Vaccination in the Punjab 1905-1918 - 1905-1918
Year: 1905
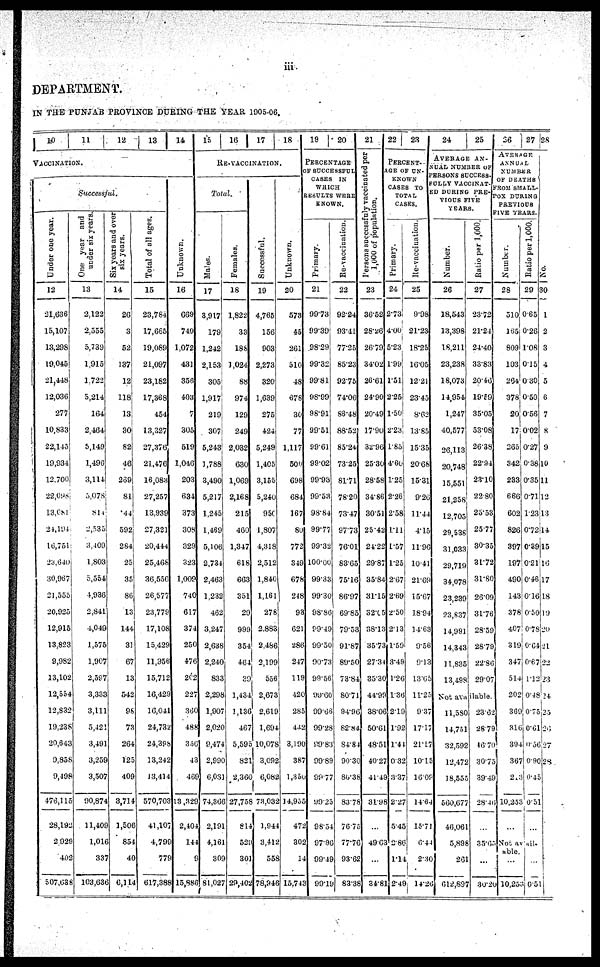
iii.
DEPARTMENT.
IN THE PUNJAB PROVINCE DURING THE YEAR 1905-06.
10 11
12
13 14
VACCINATION.
Successful.
Under one year.
12
21,636
15,107
13,298
19,045
21,448
12,036
277
10,833
22,145
19,934
12,700
22,098
13,081
24,194
16,751
23,640
30,967
21,555
20,925
12,915
13,823
9,982
13,102
12,554
12,832
19,238
20,643
9,858
9,498
476,115
28,192
2,929
402
507,638
One year and
under six years.
13
2,122
2,555
5,739
1,915
1,722
5,214
164
2,464
5,149
1,496
3,114
5,078
814
2,535
3,409
1,803
5,554
4,936
2,841
4,049
1,575
1,907
2,597
3,333
3,111
5,421
3,491
3,259
3,507
90,874
11,409
1,016
337
103,636
Six years and over
six years.
14
26
3
52
137
12
118
13
30
82
46
269
81
44
592
284
25
35
86
13
144
31
67
13
542
98
73
264
125
409
3,714
1,506
854
40
6,114
Total of all ages.
15
23,784
17,665
19,089
21,097
23,182
17,368
454
13,327
27,376
21,476
16,083
27,257
13,939
27,321
20,444
25,468
36,556
26,577
23,779
17,108
15,429
11,956
15,712
16,429
16,041
24,732
24,398
13,245
13,414
570,703
41,107
4,799
779
617,388
Unknown.
16
669
740
1,072
431
356
403
7
305
519
1,046
203
634
373
308
329
323
1,009
740
617
374
250
476
202
227
360
488
356
43
469
13,329
2,404
144
9
15,886
15 16 17 18
RE-VACCINATION.
Total.
Males.
17
3,917
179
1,242
2,153
305
1,917
219
307
5,243
1,788
3,490
5,217
1,245
1,469
5,106
2,734
2,463
1,232
462
3,247
2,638
2,240
833
2,298
1,907
2,020
9,474
2,990
6,031
74,366
2,191
4,161
309
81,027
Females.
18
1,822
33
188
1,024
88
974
129
249
2,032
630
1,069
2,168
215
460
1,347
618
663
351
29
999
354
464
39
1,434
1,136
467
5,595
821
2,360
27,758
814
529
301
29,402
Successful.
19
4,765
156
903
2,273
320
1,639
275
424
5,249
1,405
3,155
5,240
950
1,807
4,318
2,512
1,840
1,161
278
2,883
2,486
2,199
556
2,673
2,619
1,694
10,078
3,092
6,082
73,032
1,944
3,412
558
78,946
Unknown.
20
573
45
261
510
48
678
30
77
1,117
500
698
684
167
80
772
349
678
248
93
621
286
247
118
420
285
442
3,190
387
l,350
14,955
472
302
14
15.743
19 20
PERCENTAGE
OF SUCCESSFUL
CASES IN
WHICH
RESULTS WERE
KNOWN.
Primary.
21
99.73
99.39
98.29
99.32
99.81
98.99
98.91
99.51
99.61
99.02
99.93
99.53
98.84
99.77
99.32
100.00
99.33
99.30
98.86
99.49
99.50
90.73
99.56
99.60
99.66
99.28
99.83
99.89
99.77
99.25
98.54
97.96
99.49
99.19
Re-vaccination.
22
92.24
93.41
77.25
85.23
92.75
74.06
86.48
88.52
85.24
73.25
81.71
78.20
73.47
97.73
76.01
83.65
75.16
86.97
69.85
79.53
91.87
89.50
73.84
80.71
94.96
82.84
84.84
90.30
80.38
83.78
76.75
77.76
93.62
83.38
21
Persons successfuly vaccinated per
1,000 of population.
23
36.52
28.26
26.79
34.02
26.61
24.90
20.49
17.90
32.96
25.30
28.58
34.86
30.51
25.42
24.22
29.87
35.84
31.15
32.05
38.13
35.73
27.34
35.30
44.99
38.06
50.61
48.51
40.27
41.49
31.98
...
49.63
....
34.81
22
23
PERCENT-
AGE OF UN-
KNOWN
CASES TO
TOTAL
CASES.
Primary.
24
2.73
4.00
5.23
1.99
1.51
2.25
1.50
2.23
l.85
4.60
1.25
2.26
2.58
1.11
1.57
1.25
2.67
2.69
2.50
2.13
1.59
3.49
1.26
1.36
2.19
1.92
1.44
0.32
3.37
2.27
5.45
2.86
1.14
2.49
Re-vaccination.
25
9.98
21.23
18.25
16.05
12.21
23.45
8.62
13.85
15.35
20.68
15.31
9.26
11.44
4.15
11.96
10.41
21.69
15.67
18.94
14.63
9.56
9.13
13.65
11.25
9.37
17.17
21.17
10.15
16.09
14.64
15.71
6.44
2.30
14.26
24
25
AVERAGE AN-
NUAL NUMBER OF
PERSONS SUCCESS-
FULLY VACCINAT-
ED DURING PRE-
VIOUS FIVE
YEARS.
Number.
26
18,543
13,398
18,211
23,238
18,073
14,954
1,247
40,577
26,113
20,748
15,551
21,258
12,705
29,538
31,033
29,719
34,078
23,239
23,837
14,991
14,343
11,835
13,498
Ratio per 1,000.
27
23.72
21.24
24.40
33.83
20.46
19.59
35.05
53.08
26.38
22.94
23.10
22.80
25.53
25.77
30.35
31.72
31.80
26.09
31.76
28.59
28.79
22.86
29.07
Not avalable.
11,580
14,751
32,592
12,472
18,555
560,677
46,061
5,898
261
612,897
23.62
28.79
46.70
30.75
39.49
28.46
...
35.65
...
30.20
26
27
AVERAGE
ANNUAL
NUMBER
OF DEATHS
FROM SMALL-
POX DURING
PREVIOUS
FIVE YEARS.
Number.
28
510
165
809
103
264
378
20
17
265
342
233
666
602
826
397
197
490
143
378
407
319
347
514
202
369
316
394
367
213
10,253
...
Ratio per 1,000.
29
0.65
0.26
1.08
0.15
0.30
0.50
0.56
0.02
0.27
0.38
0.35
0.71
1.23
0.72
0.39
0.21
0.46
0.16
0.50
0.78
0.64
0.67
1.12
0.48
0.75
0.61
0.56
0.90
0.45
0.51
...
Not avail-
able
...
10,253
... 0.51
28
No.
30
1
2
3
4
5
6
7
8
9
10
11
12
13
14
15
16
17
18
19
20
21
22
23
24
25
26
27
28